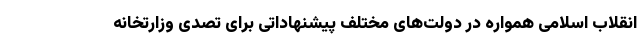
انقلاب اسلامی همواره در دولت‌های مختلف پیشنهاداتی برای تصدی وزارتخانه